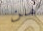
من